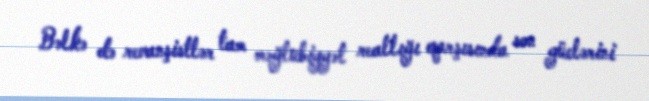
Bəlkə də revanşistlər tam məğlubiyyət reallığı qarşısında son güclərini